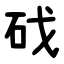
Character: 䂝